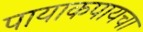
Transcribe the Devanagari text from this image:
पायाकपायचा